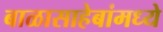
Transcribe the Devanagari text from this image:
बाळासाहेबांमध्ये